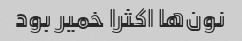
نون‌ها اکثرا خمیر بود